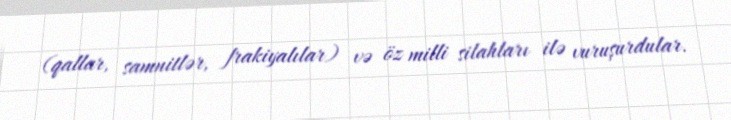
(qallar, samnitlər, frakiyalılar) və öz milli silahları ilə vuruşurdular.